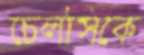
চেলসিকে